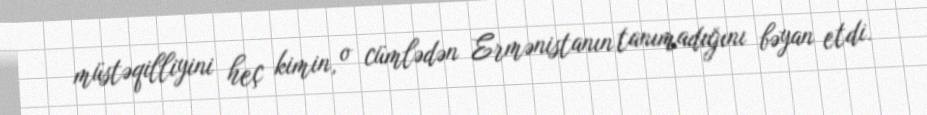
müstəqilliyini heç kimin, o cümlədən Ermənistanın tanımadığını bəyan etdi.